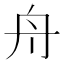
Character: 舟